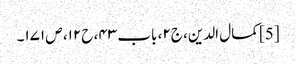
[5] کمال الدین، ج۲، باب ۴۳، ح۱۲، ص ۱۷۱۔